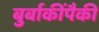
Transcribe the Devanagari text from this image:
बुर्बाकींपैकी